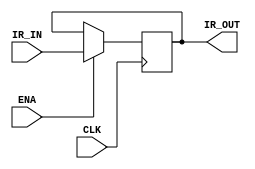
`timescale 1ns / 1ps
module IR
(
	CLK,
    ENA,
    IR_IN,
    IR_OUT
);
    input CLK;
	input ENA;
	input [31:0]IR_IN;
	output [31:0]IR_OUT;

	reg [31:0]ir = 32'b0;
	always @(negedge CLK) begin
		if(ENA) begin
			ir <= IR_IN;
		end else begin
			ir <= ir;
		end
	end

	assign IR_OUT = ir;
endmodule